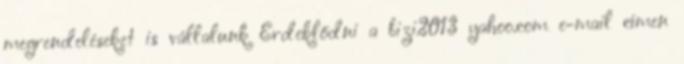
megrendeléseket is vállalunk Érdeklődni a bizi2013 yahoo.com e-mail címen